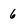
Character: 6